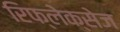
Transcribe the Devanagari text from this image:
रिफ्लेक्सेज